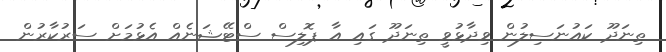
ތިނަދޫ ކައުނަސިލުން ވިދާޅުވީ ތިނަދޫ ގައި އާ ޕޮލިސް ސްޓޭޝަނެއް އެޅުމަށް ސަރުކާރުން